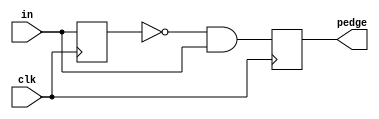
module top_module (
    input clk,
    input [7:0] in,
    output [7:0] pedge
);
    reg [7:0] in_last;
    always @(posedge clk) begin
        in_last <= in;
        pedge <= (~in_last) & in;
    end

endmodule